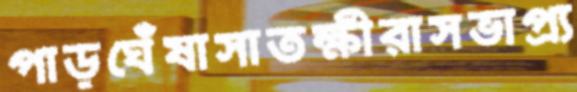
পাড়ঘেঁষাসাতক্ষীরাসভাপ্র্য